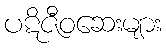
ပဋိဇီဝဆေးများ